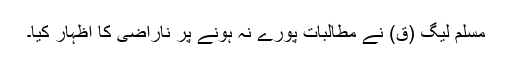
مسلم لیگ (ق) نے مطالبات پورے نہ ہونے پر ناراضی کا اظہار کیا۔